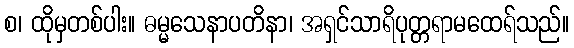
စ၊ ထိုမှတစ်ပါး။ ဓမ္မသေနာပတိနာ၊ အရှင်သာရိပုတ္တရာမထေရ်သည်။